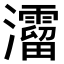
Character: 𤄐